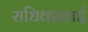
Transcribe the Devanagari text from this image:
राधिकाबाई